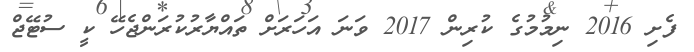
ފެށި 2016 ނިމުމުގެ ކުރިން 2017 ވަނަ އަހަރަށް ތައްޔާރުކުރަންޖެހޭ ކީ ސުޓޭޖް